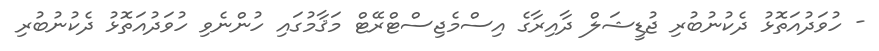
- ހުވަދުއަތޮޅު ދެކުނުބުރި ޖުޑީޝަލް ދާއިރާގެ އިސްމެޖިސްޓްރޭޓް މަޤާމުގައި ހުންނެވި ހުވަދުއަތޮޅު ދެކުނުބުރި